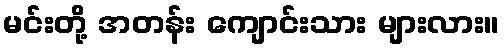
မင်းတို့ အတန်း ကျောင်းသား များလား။